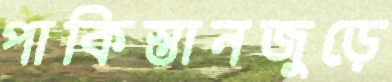
পাকিস্তানজুড়ে